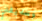
وصديقتي